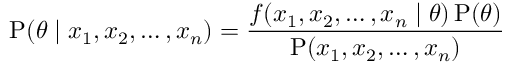
\operatorname { P } ( \theta \mid x _ { 1 } , x _ { 2 } , \ldots , x _ { n } ) = { \frac { f ( x _ { 1 } , x _ { 2 } , \ldots , x _ { n } \mid \theta ) \operatorname { P } ( \theta ) } { \operatorname { P } ( x _ { 1 } , x _ { 2 } , \ldots , x _ { n } ) } }